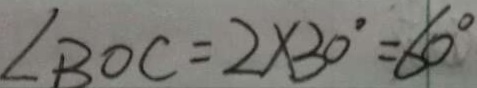
\angle B O C = 2 \times 3 0 ^ { \circ } = 6 0 ^ { \circ }